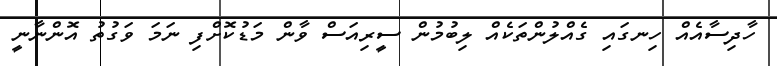
ހާދިސާއެއް ހިނގައި ގެއްލުންތަކެއް ލިބުމުން ސީރިއަސް ވާން މަޑުކޮށްފި ނަމަ ވަގުތު އޮންނާނީ